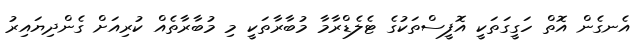
އެނގެން އޮތް ހަގީގަތަކީ އޮފީސްތަކުގެ ޓެލެޑްރާމާ މުބާރާތަކީ މި މުބާރާތެއް ކުރިއަށް ގެންދިޔައިރު